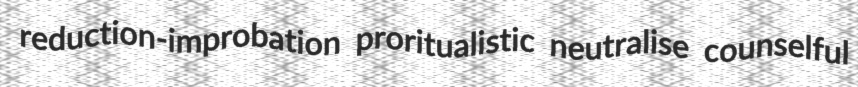
reduction-improbation proritualistic neutralise counselful